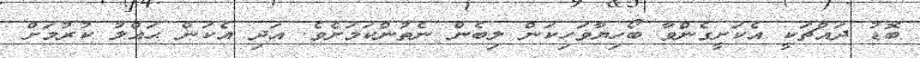
ބޮޑު ދައްޗަކީ އެކަށީގެންވާ ބޯހިޔާވަހިކަން ލިބެން ނެތުންކަމަށެވެ. އަދި އެކަން ޙައްލު ކުރުމަށް